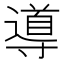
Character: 導